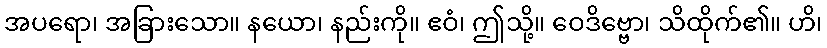
အပရော၊ အခြားသော။ နယော၊ နည်းကို။ ဧဝံ၊ ဤသို့။ ဝေဒိဗ္ဗော၊ သိထိုက်၏။ ဟိ၊